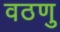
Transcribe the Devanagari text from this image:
वठणु